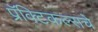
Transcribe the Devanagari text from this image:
प्रॅक्टिकल्सचे